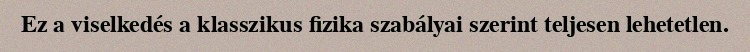
Ez a viselkedés a klasszikus fizika szabályai szerint teljesen lehetetlen.